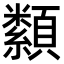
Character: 纇